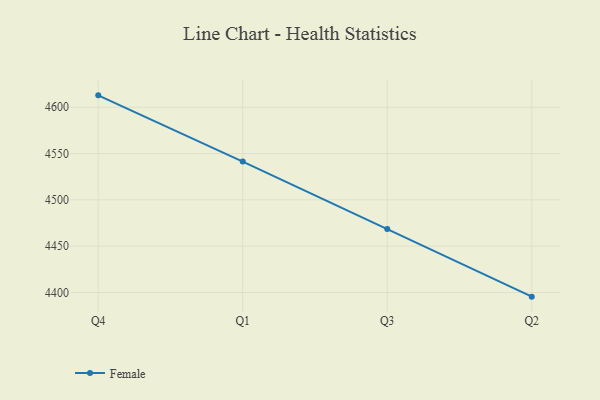
{"axis": {"x": "Quarter", "y": "Temperature (°C)"}, "legend": ["Female"], "data": [{"x": "Q4", "y": 4612.9, "type": "Female"}, {"x": "Q1", "y": 4541.4, "type": "Female"}, {"x": "Q3", "y": 4468.5, "type": "Female"}, {"x": "Q2", "y": 4395.5, "type": "Female"}]}